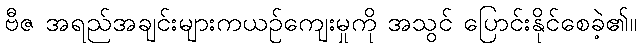
ဗီဇ အရည်အချင်းများကယဉ်ကျေးမှုကို အသွင် ပြောင်းနိုင်စေခဲ့၏။